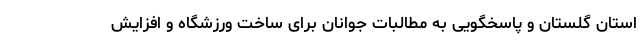
استان گلستان و پاسخگویی به مطالبات جوانان برای ساخت ورزشگاه و افزایش